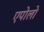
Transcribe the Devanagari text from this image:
एपोलो